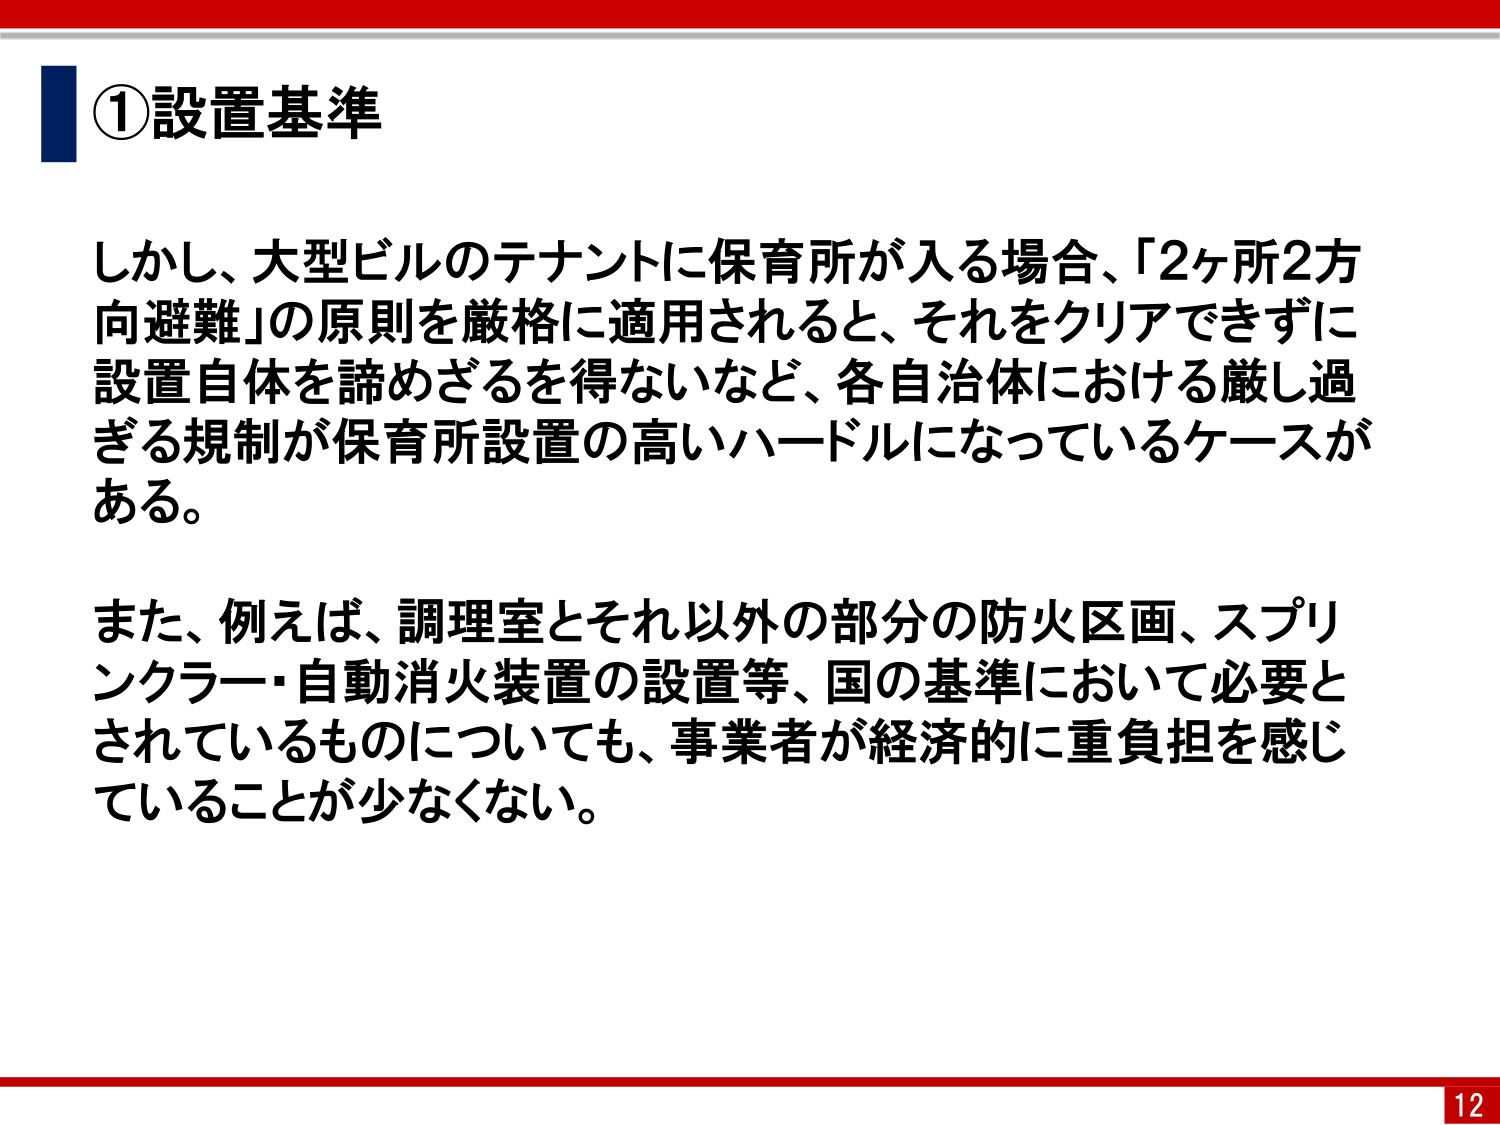
①設置基準

しかし、大型ビルのテナントに保育所が入る場合、「2ヶ所2方向避難」の原則を厳格に適用されると、それをクリアできずに設置自体を諦めざるを得ないなど、各自治体における厳し過ぎる規制が保育所設置の高いハードルになっているケースがある。

また、例えば、調理室とそれ以外の部分の防火区画、スプリンクラー・自動消火装置の設置等、国の基準において必要とされているものについても、事業者が経済的に重負担を感じていることが少なくない。

12